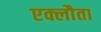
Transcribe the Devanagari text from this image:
एक्लौता